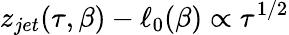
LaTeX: z_{jet}(\tau,\beta)-\ell_{0}(\beta)\propto\tau^{1/2}